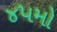
૪૫મો